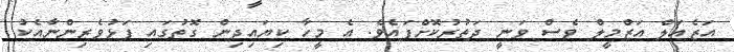
އަޒެއަލް އަޒްމީލް ވެސް ވަނީ ދަތުރުކޮށްފައެވެ. އެ މީހާ ކިޔައިދިން ގޮތުގައި ފަޅުވެރިންނާއެކު